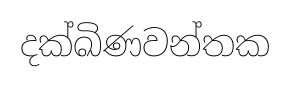
දක්ඛිණවන්තක